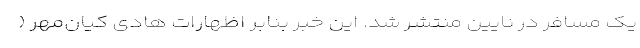
یک مسافر در نایین منتشر شد. این خبر بنابر اظهارات هادی کیان‌مهر (